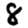
Digit: 8